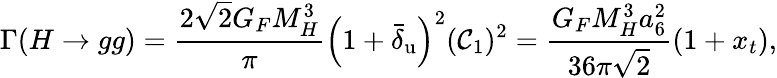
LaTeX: \Gamma(H\to gg)=\frac{2\sqrt 2G_{F}M_{H}^{3}}{\pi}\left(1+\bar{\delta}_{\mathrm{u}}\right)^{2}({\cal C}_{1})^{2}=\frac{G_{F}M_{H}^{3}a_{6}^{2}}{36\pi\sqrt 2}(1+x_{t}),